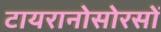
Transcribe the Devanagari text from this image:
टायरानोसोरसों